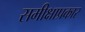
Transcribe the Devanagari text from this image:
समीक्षाप्रकार